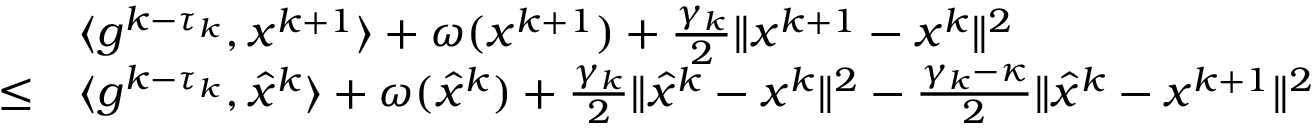
\begin{array} { r l } & { \langle g ^ { k - \tau _ { k } } , x ^ { k + 1 } \rangle + \omega ( x ^ { k + 1 } ) + \frac { \gamma _ { k } } { 2 } \| x ^ { k + 1 } - x ^ { k } \| ^ { 2 } } \\ { \leq } & { \langle g ^ { k - \tau _ { k } } , \hat { x } ^ { k } \rangle + \omega ( \hat { x } ^ { k } ) + \frac { \gamma _ { k } } { 2 } \| \hat { x } ^ { k } - x ^ { k } \| ^ { 2 } - \frac { \gamma _ { k } - \kappa } { 2 } \| \hat { x } ^ { k } - x ^ { k + 1 } \| ^ { 2 } } \end{array}